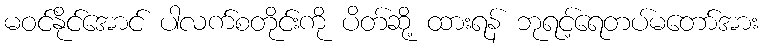
မဝင်နိုင်အောင် ပါလက်စတိုင်းကို ပိတ်ဆို့ ထားရန် ဘုရင့်ရေတပ်မတော်အား